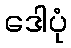
ဒေါပုံ